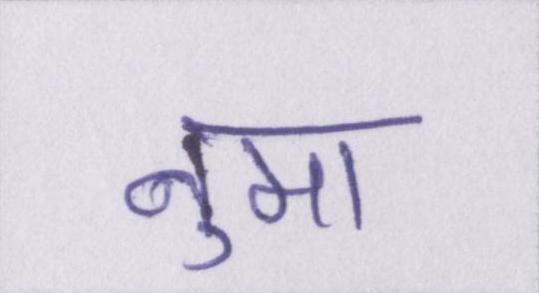
नुमा